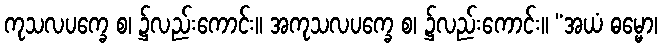
ကုသလပက္ခေ စ၊ ၌လည်းကောင်း။ အကုသလပက္ခေ စ၊ ၌လည်းကောင်း။ “အယံ ဓမ္မော၊